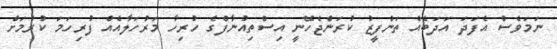
ނަމަވެސް އެފަދަ އަދަބެއް ތަންފީޒު ކުރަންޖެހޭނީ އިސްތިއުނާފްގެ ހުރިހާ މަރުހަލާއެއް ފުރިހަމަ ކުރުމަށް